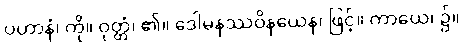
ပဟာနံ၊ ကို။ ဝုတ္တံ၊ ၏။ ဒေါမနဿဝိနယေန၊ ဖြင့်။ ကာယေ၊ ၌။